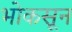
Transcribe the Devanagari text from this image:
भोकसून